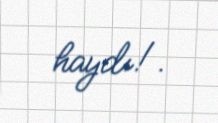
haydı!.